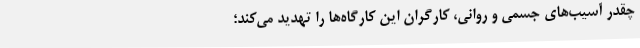
چقدر آسیب‌های جسمی و روانی، کارگران این کارگاه‌ها را تهدید می‌کند؛